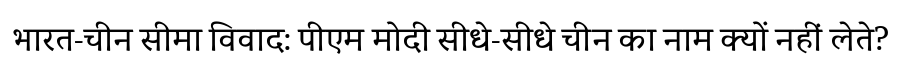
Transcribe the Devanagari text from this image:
भारत-चीन सीमा विवाद: पीएम मोदी सीधे-सीधे चीन का नाम क्यों नहीं लेते?